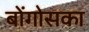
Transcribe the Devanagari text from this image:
बोंगोसका